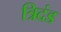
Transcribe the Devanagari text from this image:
त्रिदंड